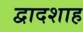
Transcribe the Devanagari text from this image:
द्वादशाह